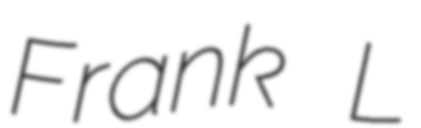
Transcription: Frank L